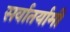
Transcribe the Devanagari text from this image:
सर्वातर्यामी